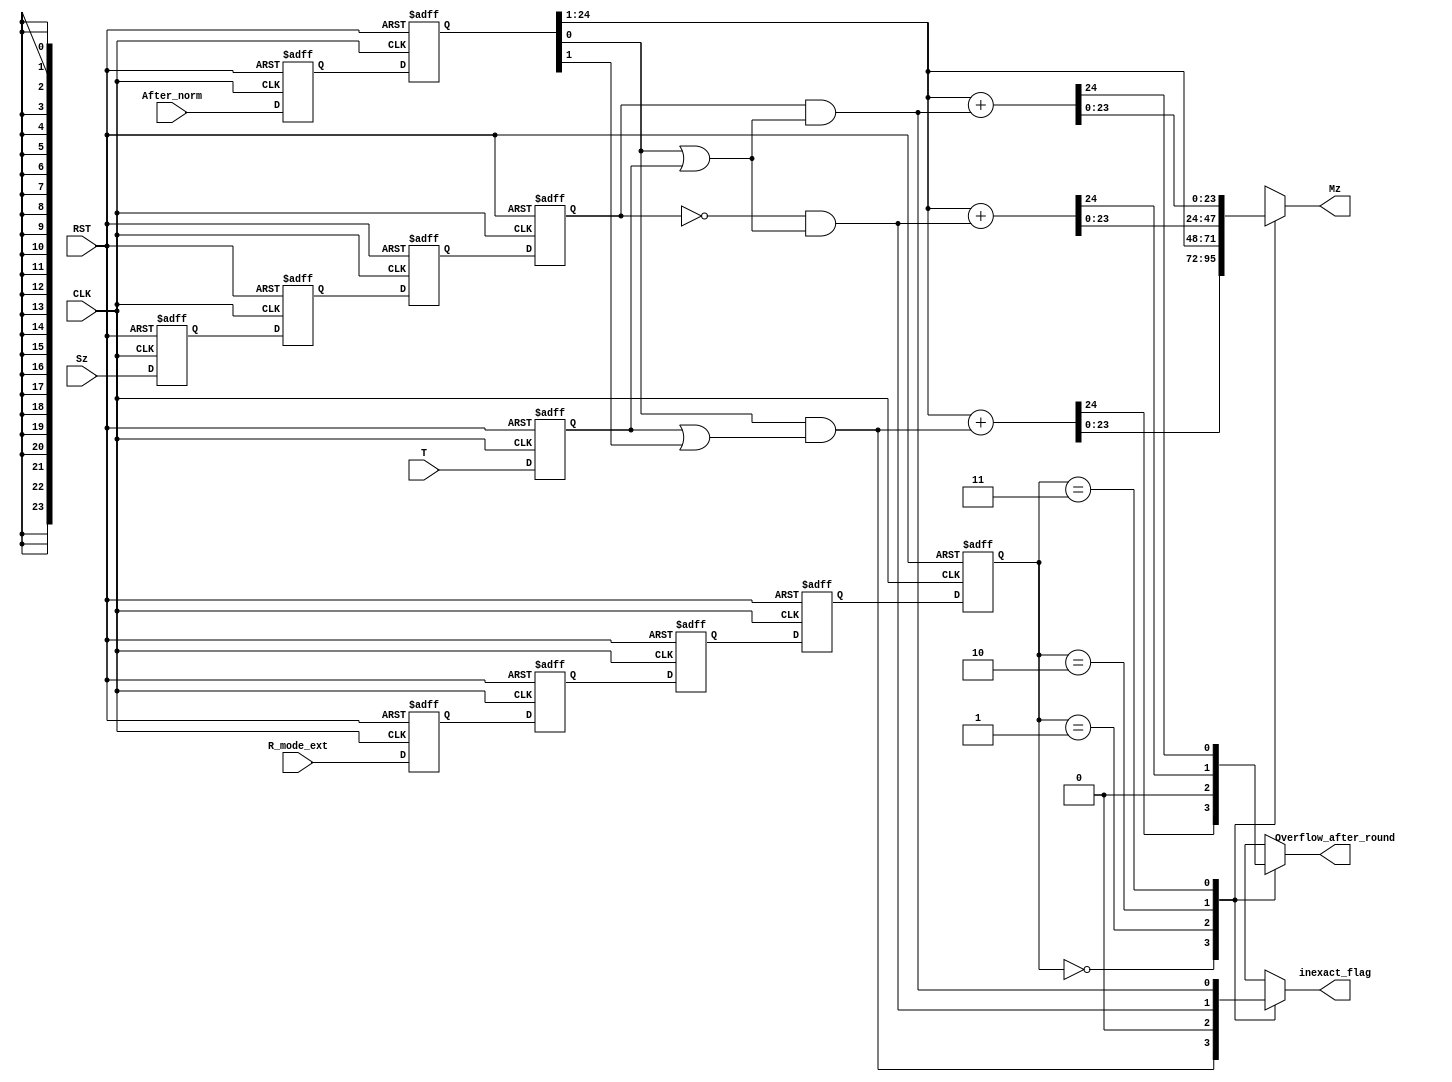
module Rounding(
	input 	 	wire 			CLK,RST, 
	input		wire			T,
	input		wire			Sz,
	input		wire	[1:0]	R_mode_ext,
	input		wire	[24:0]	After_norm,     //hidden+fraction+G
	
	output		reg				Overflow_after_round,
	output		reg		[23:0]	Mz, 
	output      wire       		inexact_flag

);



//internal signals
wire 			L,G;
reg 			rnd; //the bit in the block diagram in the book

//Flip_Flops 
reg 	[1:0]	R_mode1, R_mode2, R_mode3, R_mode4, R_mode5 ;

reg				T_ff ;

reg		[24:0]	After_norm_f,After_norm_ff ;

reg				Sz1,Sz2,Sz3,Sz4 ;



assign G = After_norm_ff[0];
assign L = After_norm_ff[1];

assign inexact_flag = rnd ;

//parameters
parameter	to_Near	= 2'b 00 ,
			to_Zero = 2'b 01 ,
			to_Pinf	= 2'b 10 ,
			to_Ninf	= 2'b 11 ; 



always@(*)
begin
	case (R_mode5)
		to_Near :
			begin
				rnd = G & (T_ff | L);
				{Overflow_after_round , Mz} = After_norm_ff[24:1] + rnd ;	
			end
		to_Zero :
			begin
				rnd = 0;
				Overflow_after_round = 0;
				Mz = After_norm_ff[24:1];
			end	
		to_Pinf : 
			begin
				rnd = (~Sz4) & (G | T_ff);
				{Overflow_after_round , Mz} = After_norm_ff[24:1] + rnd;
			end	
		to_Ninf :
			begin
				rnd = (Sz4) & (G | T_ff);
				{Overflow_after_round , Mz} = After_norm_ff[24:1] + rnd;
			end
	endcase	
end	





always @ (posedge CLK or negedge RST )
	begin
	if (!RST) 
		begin
////////inputs RST	
			Sz1 			<= 0;
			Sz2 			<= 0;
			Sz3 			<= 0;
			Sz4 			<= 0;
			
			R_mode1 			<= 0;
			R_mode2 			<= 0;
			R_mode3 			<= 0;
			R_mode4 			<= 0;
			R_mode5 			<= 0;
			
			T_ff			<= 0;
			After_norm_f	<= 0; 
			After_norm_ff	<= 0; 
		end
		
	else
		begin
////////inputs Reg
			Sz1 			<= Sz ;
			Sz2 			<= Sz1;
			Sz3 			<= Sz2;
			Sz4 			<= Sz3;
			
			R_mode1 			<= R_mode_ext;
			R_mode2 			<= R_mode1;
			R_mode3 			<= R_mode2;
			R_mode4 			<= R_mode3;
			R_mode5 			<= R_mode4;
			
			
			T_ff			<= T;
			
			After_norm_f	<= After_norm ; 
			After_norm_ff	<= After_norm_f ; 

		end			
	end
	
endmodule